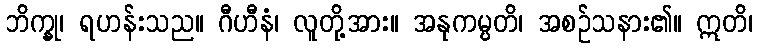
ဘိက္ခု၊ ရဟန်းသည။ ဂီဟီနံ၊ လူတို့အား။ အနုကမ္ပတိ၊ အစဉ်သနား၏။ ဣတိ၊